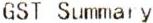
GST SUMMARY